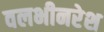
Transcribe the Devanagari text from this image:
वलभीनरेश